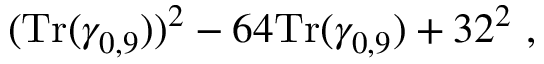
( { \mathrm { T r } } ( \gamma _ { 0 , 9 } ) ) ^ { 2 } - 6 4 { \mathrm { T r } } ( \gamma _ { 0 , 9 } ) + 3 2 ^ { 2 } ~ ,